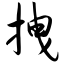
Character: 拽